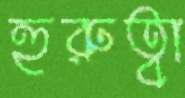
হুরুত্বা